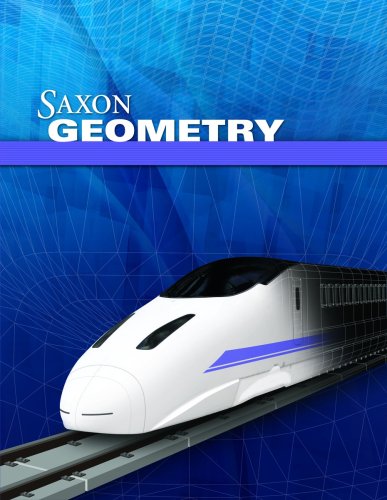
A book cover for Saxon Geometry; SAXON PUBLISHERS; Teen & Young Adult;